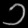
Digit: ၁